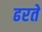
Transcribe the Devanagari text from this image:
ढरते